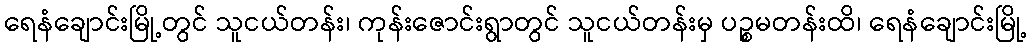
ရေနံချောင်းမြို့တွင် သူငယ်တန်း၊ ကုန်းဇောင်းရွာတွင် သူငယ်တန်းမှ ပဉ္စမတန်းထိ၊ ရေနံချောင်းမြို့